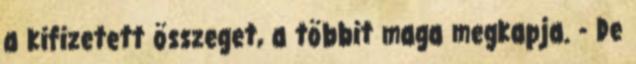
a kifizetett összeget, a többit maga megkapja. - De